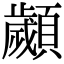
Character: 顪